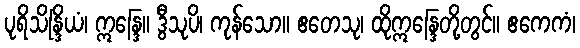
ပုရိသိန္ဒြိယံ၊ ဣန္ဒြေ။ ဒွီသုပိ၊ ကုန်သော။ ဧတေသု၊ ထိုဣန္ဒြေတို့တွင်။ ဧကေကံ၊